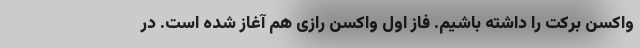
واکسن برکت را داشته باشیم. فاز اول واکسن رازی هم آغاز شده است. در